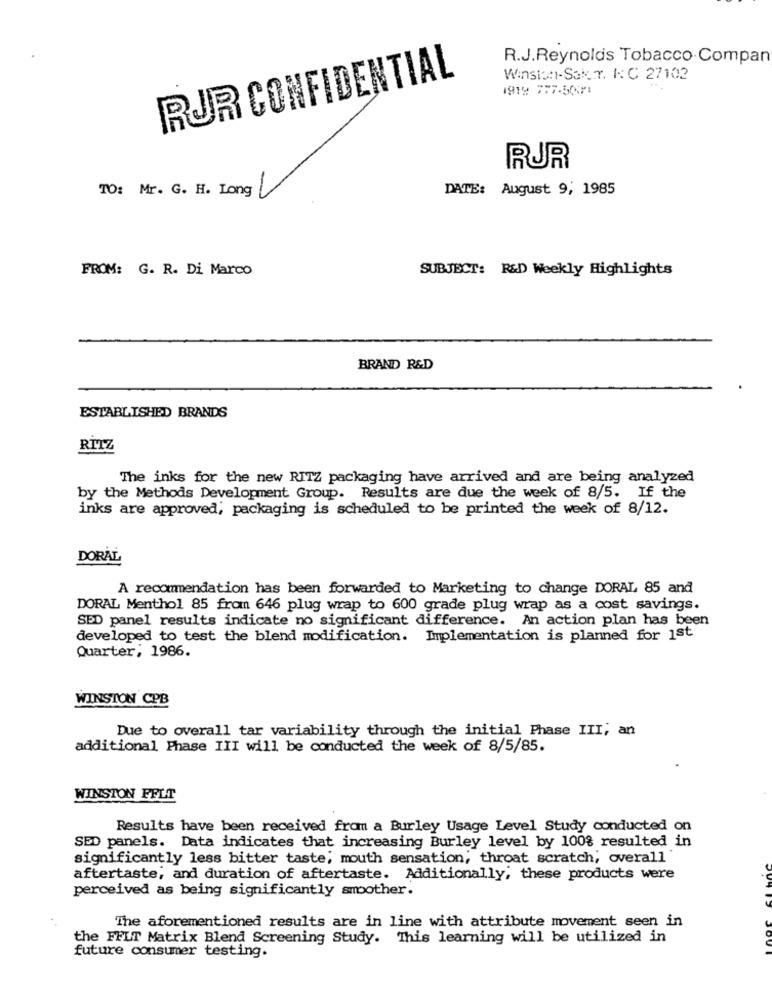
R.J.Reynolds Tobacco Compan
RUR CONFIDENTIAL
Winston-Sak_T. IC 27102
1919 777-5001
RUR
DATE: August 9, 1985
TO: Mr. G. H. Long
FROM: G. R. Di Marco
SUBJECT: R&D Weekly Highlights
BRAND R&D
ESTABLISHED BRANDS
RITZ
The inks for the new RITZ packaging have arrived and are being analyzed
by the Methods Development Group. Results are due the week of 8/5. If the
inks are approved, packaging is scheduled to be printed the week of 8/12.
DORAL
A recommendation has been forwarded to Marketing to change DORAL 85 and
DORAL Menthol 85 from 646 plug wrap to 600 grade plug wrap as a cost savings.
SED panel results indicate no significant difference. An action plan has been
developed to test the blend modification. Implementation is planned for 1st
Quarter; 1986.
WINSTON CPB
Due to overall tar variability through the initial Phase III; an
additional Phase III will be conducted the week of 8/5/85.
WINSTON FFLT
Results have been received from a Burley Usage Level Study conducted on
SED panels. Data indicates that increasing Burley level by 100% resulted in
significantly less bitter taste; mouth sensation, throat scratch, overall'
aftertaste, and duration of aftertaste. Additionally, these products were
perceived as being significantly smoother.
The aforementioned results are in line with attribute movement seen in
the FFLT Matrix Blend Screening Study. This learning will be utilized in
future consumer testing.